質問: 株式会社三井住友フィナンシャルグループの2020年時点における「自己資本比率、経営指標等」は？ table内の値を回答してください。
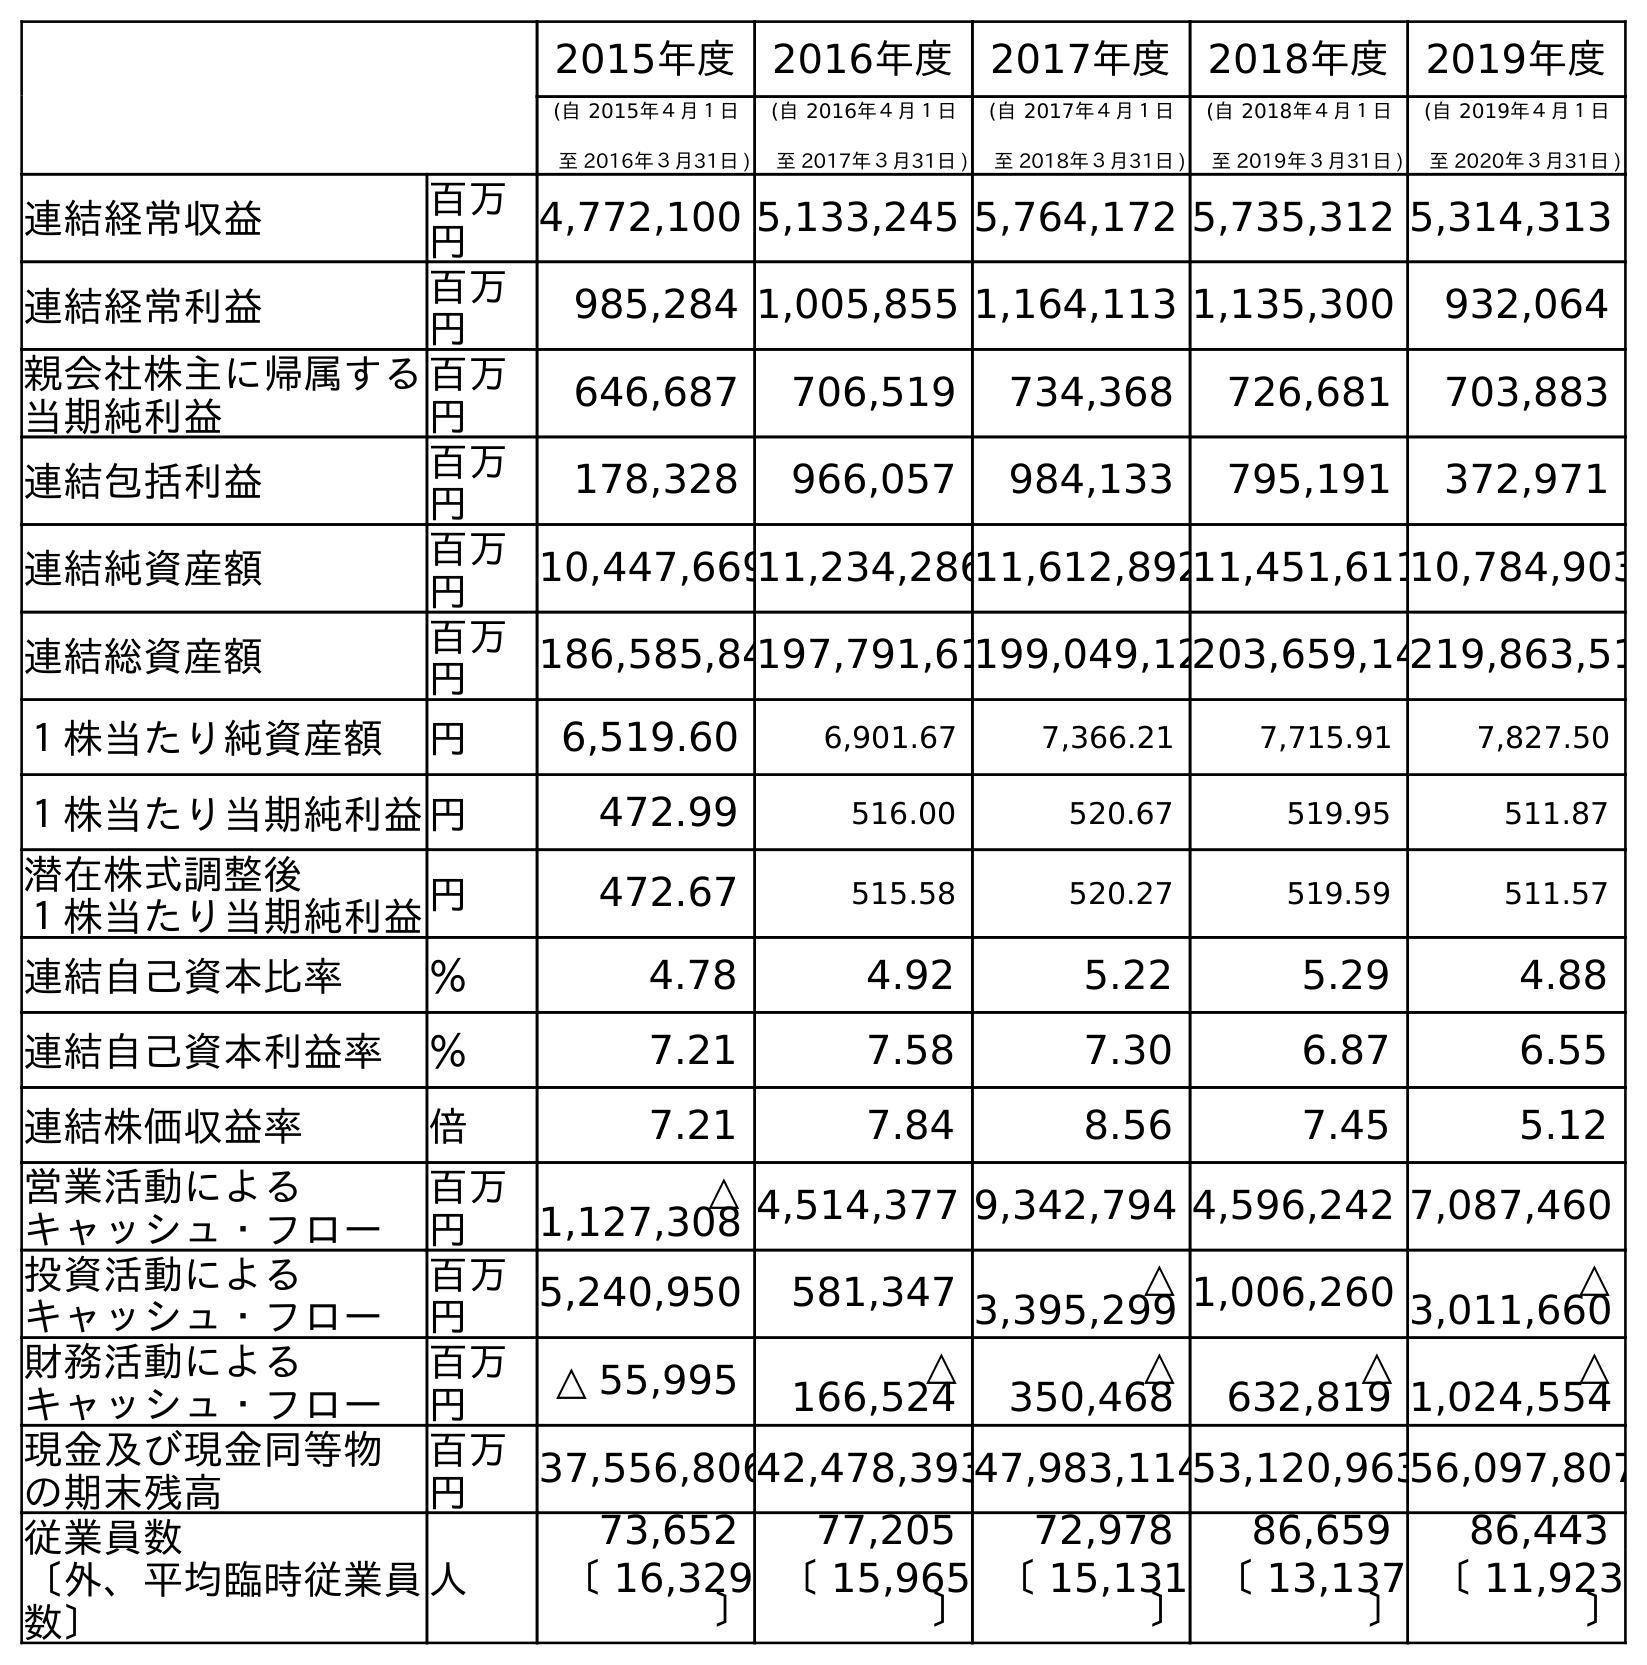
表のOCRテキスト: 2015年度 2016年度 2017年度 2018年度 2019年度 (自 2015年４月１日 至 2016年３月31日 ) (自 2016年４月１日 至 2017年３月31日 ) (自 2017年４月１日 至 2018年３月31日 ) (自 2018年４月１日 至 2019年３月31日 ) (自 2019年４月１日 至 2020年３月31日 ) 連結経常収益 百万 円 4,772,100 5,133,245 5,764,172 5,735,312 5,314,313 連結経常利益 百万 円 985,284 1,005,855 1,164,113 1,135,300 932,064 親会社株主に帰属する 当期純利益 百万 円 646,687 706,519 734,368 726,681 703,883 連結包括利益 百万 円 178,328 966,057 984,133 795,191 372,971 連結純資産額 百万 円 10,447,66911,234,28611,612,89211,451,61110,784,903 連結総資産額 百万 円 186,585,84197,791,61199,049,12203,659,14219,863,51 １株当たり純資産額 円 6,519.60 6,901.67 7,366.21 7,715.91 7,827.50 １株当たり当期純利益円 472.99 516.00 520.67 519.95 511.87 潜在株式調整後 １株当たり当期純利益円 472.67 515.58 520.27 519.59 511.57 連結自己資本比率 ％ 4.78 4.92 5.22 5.29 4.88 連結自己資本利益率 ％ 7.21 7.58 7.30 6.87 6.55 連結株価収益率 倍 7.21 7.84 8.56 7.45 5.12 営業活動による キャッシュ・フロー 百万 円 △ 1,127,308 4,514,377 9,342,794 4,596,242 7,087,460 投資活動による キャッシュ・フロー 百万 円 5,240,950 581,347 △ 3,395,299 1,006,260 △ 3,011,660 財務活動による キャッシュ・フロー 百万 円 △ 55,995 △ 166,524 △ 350,468 △ 632,819 △ 1,024,554 現金及び現金同等物 の期末残高 百万 円 37,556,80642,478,39347,983,11453,120,96356,097,807 従業員数 〔外、平均臨時従業員 数〕 人 73,652 77,205 72,978 86,659 86,443 〔 16,329 〕 〔 15,965 〕 〔 15,131 〕 〔 13,137 〕 〔 11,923 〕
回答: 4.88